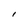
Character: I